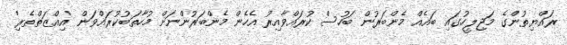
ރައްޔިތުންގެ މަޖިލީހުގައި ބައެއް މެންބަރުން ބަހުސް ކުރައްވާއިރު އެހެން މެންބަރުންނަށް މުހާތަބުކުރައްވަން 'އިއްޒަތްތެރި'